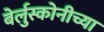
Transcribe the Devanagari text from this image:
बेर्लुस्कोनीच्या